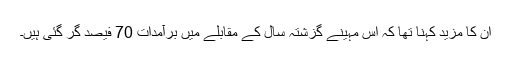
ان کا مزید کہنا تھا کہ اس مہینے گزشتہ سال کے مقابلے میں برآمدات 70 فیصد گر گئی ہیں۔